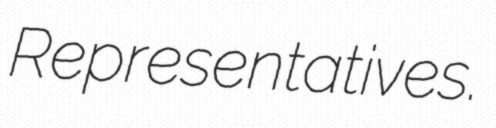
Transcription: Representatives.